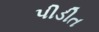
પીડીત